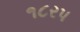
૧૮રપ